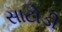
સાટોડી